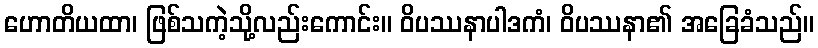
ဟောတိယထာ၊ ဖြစ်သကဲ့သို့လည်းကောင်း။ ဝိပဿနာပါဒကံ၊ ဝိပဿနာ၏ အခြေခံသည်။